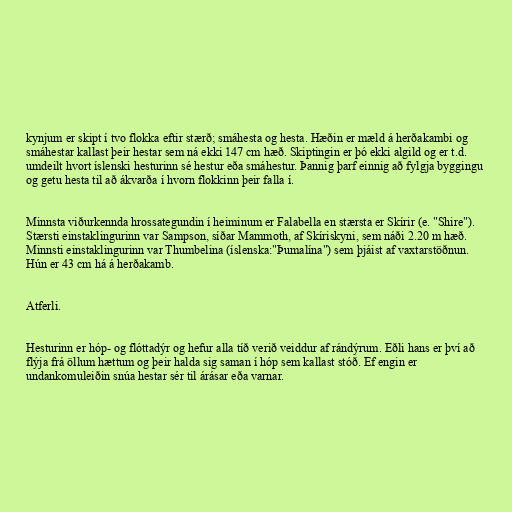
kynjum er skipt í tvo flokka eftir stærð; smáhesta og hesta. Hæðin er mæld á herðakambi og
smáhestar kallast þeir hestar sem ná ekki 147 cm hæð. Skiptingin er þó ekki algild og er t.d.
umdeilt hvort íslenski hesturinn sé hestur eða smáhestur. Þannig þarf einnig að fylgja byggingu
og getu hesta til að ákvarða í hvorn flokkinn þeir falla í.

Minnsta viðurkennda hrossategundin í heiminum er Falabella en stærsta er Skírir (e. "Shire").
Stærsti einstaklingurinn var Sampson, síðar Mammoth, af Skíriskyni, sem náði 2.20 m hæð.
Minnsti einstaklingurinn var Thumbelina (íslenska:"Þumalína") sem þjáist af vaxtarstöðnun.
Hún er 43 cm há á herðakamb.

Atferli.

Hesturinn er hóp- og flóttadýr og hefur alla tíð verið veiddur af rándýrum. Eðli hans er því að
flýja frá öllum hættum og þeir halda sig saman í hóp sem kallast stóð. Ef engin er
undankomuleiðin snúa hestar sér til árásar eða varnar.